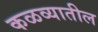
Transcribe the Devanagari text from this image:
कळव्यातील